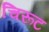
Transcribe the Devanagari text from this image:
चिरूट